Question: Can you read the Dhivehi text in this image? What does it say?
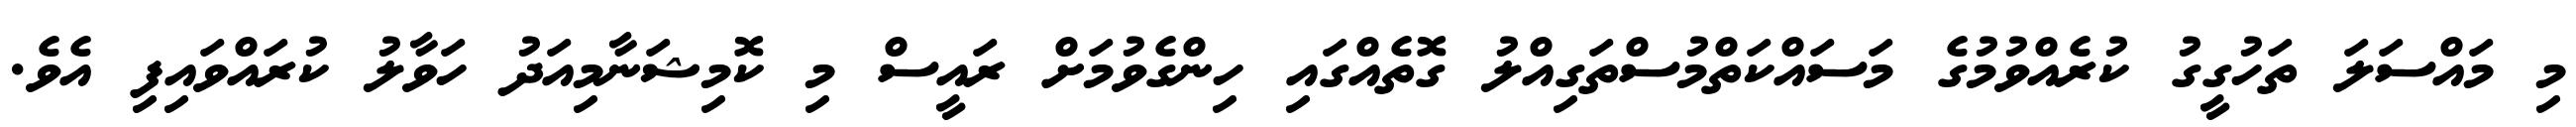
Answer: މި މައްސަލަ ތަހުގީގު ކުރެއްވުމުގެ މަސައްކަތްމުސްތަގިއްލު ގޮތެއްގައި ހިންގެވުމަށް ރައީސް މި ކޮމިޝަނާމިއަދު ހަވާލު ކުރައްވައިފި އެވެ.